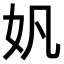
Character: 𫰉